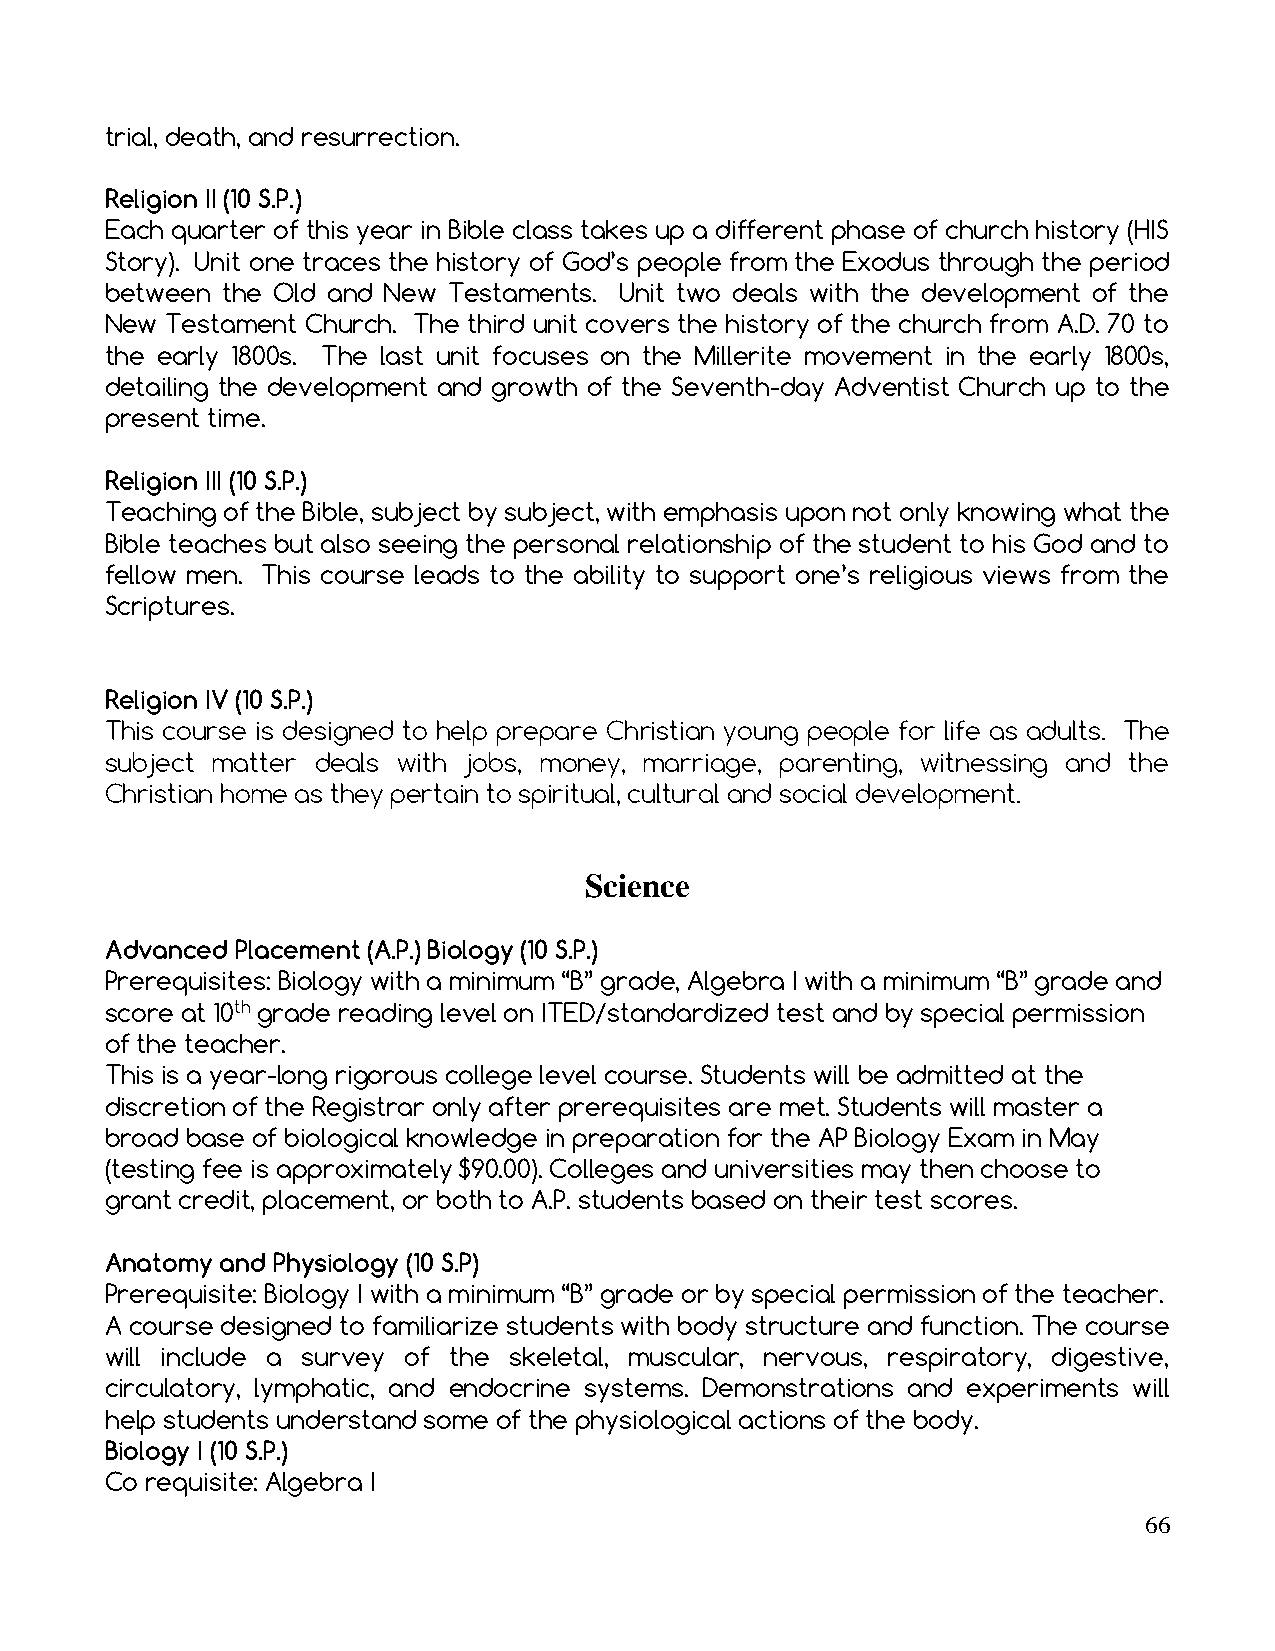
trial, death, and resurrection.
 Religion II (10 S.P.)
 Each quarter of this year in Bible class takes up a different phase of church history (HIS
 Story). Unit one traces the history of God’s people from the Exodus through the period
 between the Old and New Testaments. Unit two deals with the development of the
 New Testament Church. The third unit covers the history of the church from A.D. 70 to
 the early 1800s. The last unit focuses on the Millerite movement in the early 1800s,
 detailing the development and growth of the Seventh-day Adventist Church up to the
 present time.
 Religion III (10 S.P.)
 Teaching of the Bible, subject by subject, with emphasis upon not only knowing what the
 Bible teaches but also seeing the personal relationship of the student to his God and to
 fellow men. This course leads to the ability to support one’s religious views from the
 Scriptures.
 Religion IV (10 S.P.)
 This course is designed to help prepare Christian young people for life as adults. The
 subject matter deals with jobs, money, marriage, parenting, witnessing and the
 Christian home as they pertain to spiritual, cultural and social development.
 Science
 Advanced Placement (A.P.) Biology (10 S.P.)
 Prerequisites: Biology with a minimum “B” grade, Algebra I with a minimum “B” grade and
 score at 10th grade reading level on ITED/standardized test and by special permission
 of the teacher.
 This is a year-long rigorous college level course. Students will be admitted at the
 discretion of the Registrar only after prerequisites are met. Students will master a
 broad base of biological knowledge in preparation for the AP Biology Exam in May
 (testing fee is approximately $90.00). Colleges and universities may then choose to
 grant credit, placement, or both to A.P. students based on their test scores.
 Anatomy and Physiology (10 S.P)
 Prerequisite: Biology I with a minimum “B” grade or by special permission of the teacher.
 A course designed to familiarize students with body structure and function. The course
 will include a survey of the skeletal, muscular, nervous, respiratory, digestive,
 circulatory, lymphatic, and endocrine systems. Demonstrations and experiments will
 help students understand some of the physiological actions of the body.
 Biology I (10 S.P.)
 Co requisite: Algebra I
 66